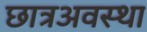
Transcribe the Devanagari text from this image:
छात्रअवस्था